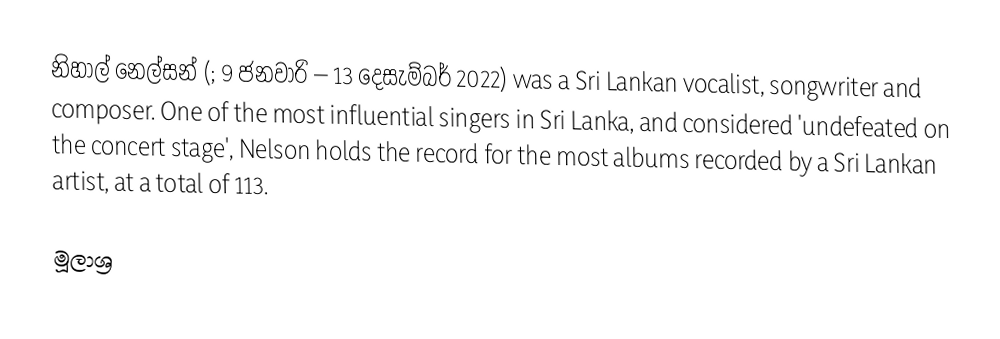
නිහාල් නෙල්සන් (; 9 ජනවාරි – 13 දෙසැම්බර් 2022) was a Sri Lankan vocalist, songwriter and composer. One of the most influential singers in Sri Lanka, and considered 'undefeated on the concert stage', Nelson holds the record for the most albums recorded by a Sri Lankan artist, at a total of 113.

මූලාශ්‍ර